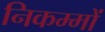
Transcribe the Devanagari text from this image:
निकम्मों